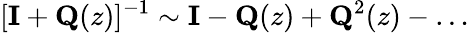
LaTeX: [\mathbf{I}+\mathbf{Q}(z)]^{-1}\sim\mathbf{I}-\mathbf{Q}(z)+\mathbf{Q}^{2}(z)-\dots